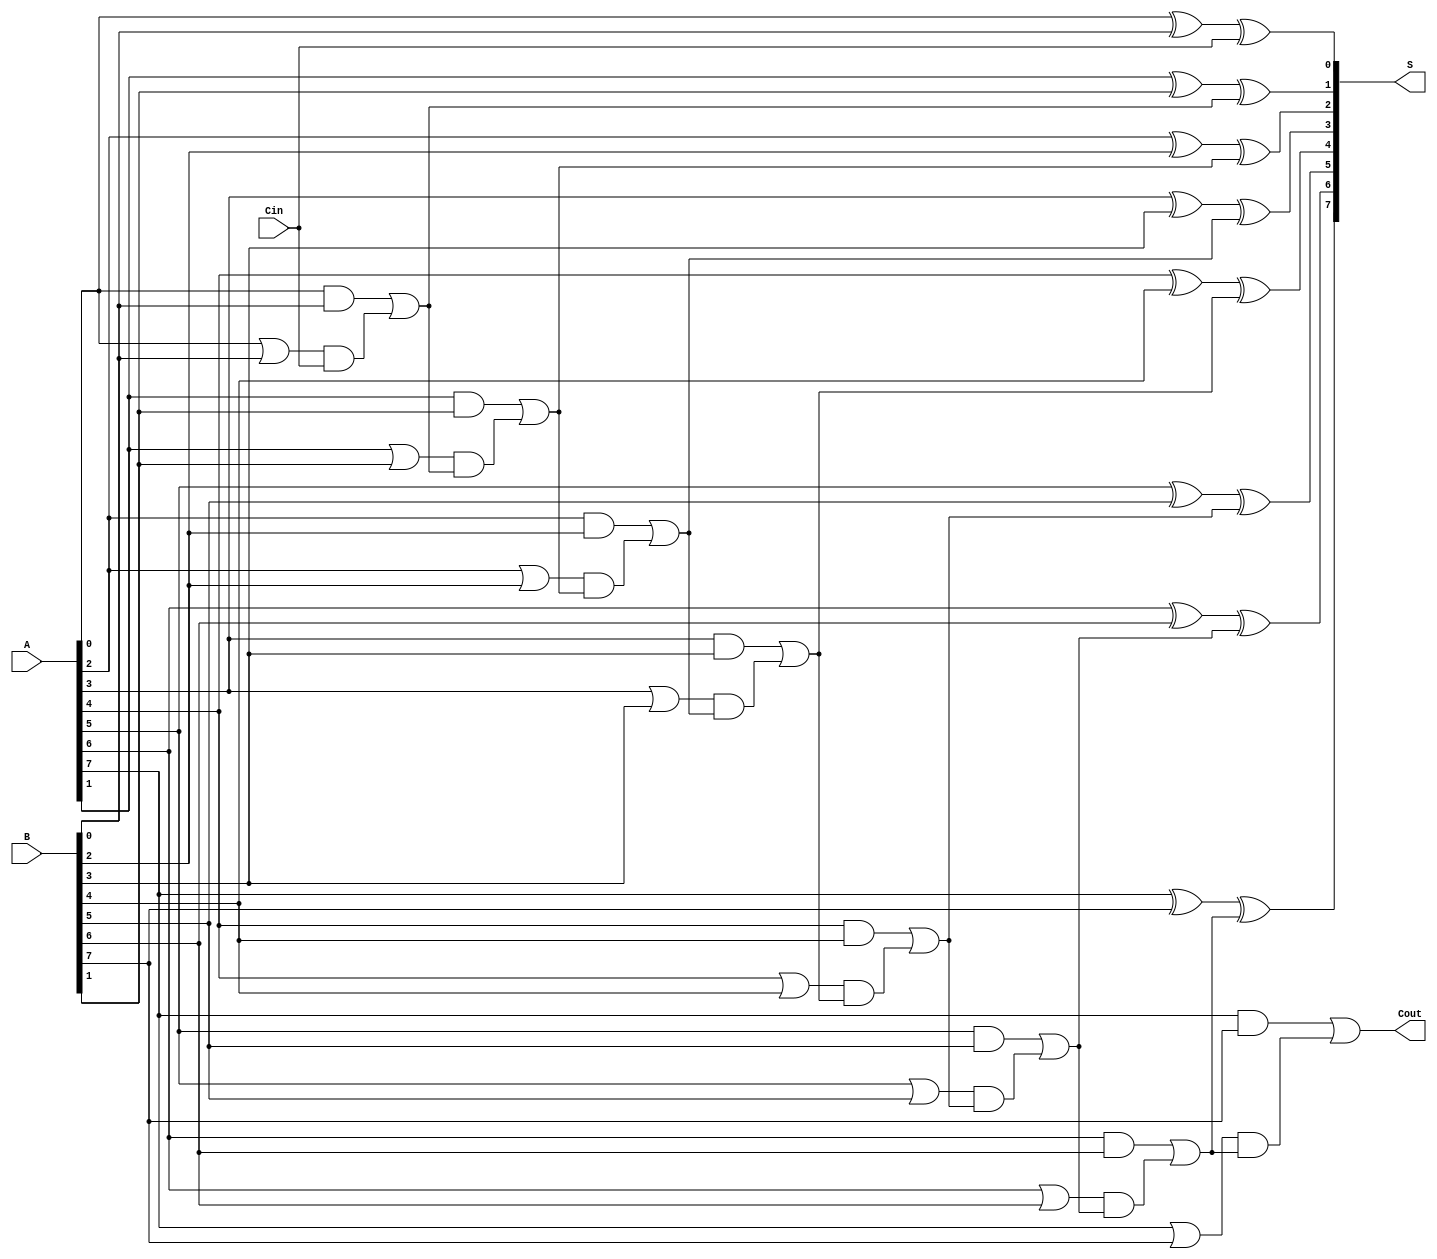
module manchester_carry_chain_adder #(
    parameter WIDTH = 8  // Parameter to define the bit-width of the adder
)(
    input  [WIDTH-1:0] A,     // First binary number
    input  [WIDTH-1:0] B,     // Second binary number
    input  Cin,                // Carry-in
    output [WIDTH-1:0] S,      // Sum output
    output Cout                // Carry-out
);

    wire [WIDTH-1:0] G;        // Generate signals
    wire [WIDTH-1:0] P;        // Propagate signals
    wire [WIDTH:0] C;          // Carry signals (C[0] is Cin)

    // Assign the carry-in to C[0]
    assign C[0] = Cin;

    // Generate and propagate signals for each bit
    genvar i;
    generate
        for (i = 0; i < WIDTH; i = i + 1) begin : carry_chain
            assign G[i] = A[i] & B[i];  // Generate
            assign P[i] = A[i] | B[i];  // Propagate
            assign S[i] = A[i] ^ B[i] ^ C[i];  // Sum calculation

            // Carry-out for the current stage
            assign C[i + 1] = G[i] | (P[i] & C[i]);
        end
    endgenerate

    // Final carry-out
    assign Cout = C[WIDTH];

endmodule